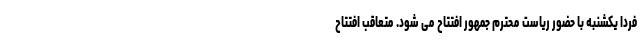
فردا یکشنبه با حضور ریاست محترم جمهور افتتاح می شود. متعاقب افتتاح